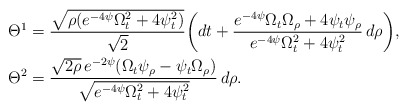
\begin{align*} \Theta^1 &= \frac{\sqrt{\rho(e^{-4\psi} \Omega_t^2 + 4 \psi_t^2)}}{\sqrt{2}} \bigg( dt + \frac{e^{-4\psi} \Omega_t \Omega_\rho + 4\psi_t \psi_\rho}{e^{-4\psi} \Omega_t^2 + 4 \psi_t^2}\, d\rho \bigg), \\\Theta^2 &= \frac{\sqrt{2\rho}\, e^{-2\psi} (\Omega_t \psi_\rho - \psi_t \Omega_\rho)}{\sqrt{e^{-4\psi} \Omega_t^2 + 4 \psi_t^2}}\, d\rho.\end{align*}